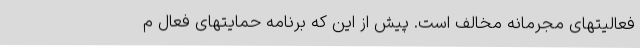
فعالیتهای مجرمانه مخالف است. پیش از این که برنامه حمایتهای فعال م